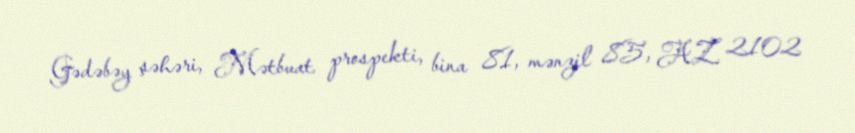
Gədəbəy şəhəri, Mətbuat prospekti, bina 81, mənzil 85, AZ 2102